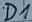
Text: D1